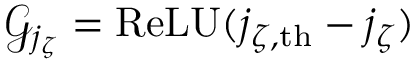
\mathcal { G } _ { j _ { \zeta } } = \mathrm { R e L U } ( j _ { \zeta , \mathrm { t h } } - j _ { \zeta } )